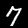
Digit: 7